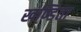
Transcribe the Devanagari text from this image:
खण्डिता